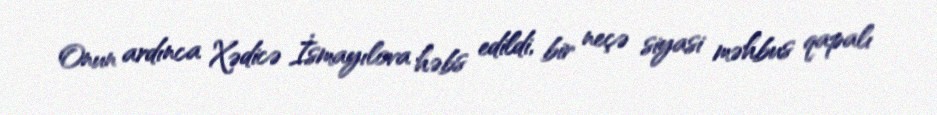
Onun ardınca Xədicə İsmayılova həbs edildi, bir neçə siyasi məhbus qapalı